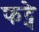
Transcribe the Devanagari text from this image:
फट्ने